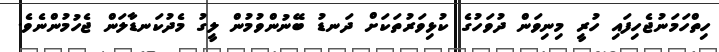
ހިތްހަމަނުޖެހިފައި ހުރީ މިނިވަން ދުވަހުގެ ކުޅިވަރުތަކަށް ދަނޑު ބޭނުންވުމުން ލީގު މެދުކަނޑާލަން ޖެހުމުންނެވެ.